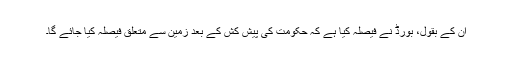
ان کے بقول، بورڈ نے فیصلہ کیا ہے کہ حکومت کی پیش کش کے بعد زمین سے متعلق فیصلہ کیا جائے گا۔